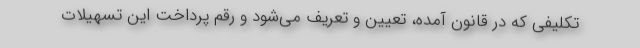
تکلیفی که در قانون آمده، تعیین و تعریف می‌شود و رقم پرداخت این تسهیلات